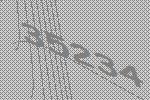
35234